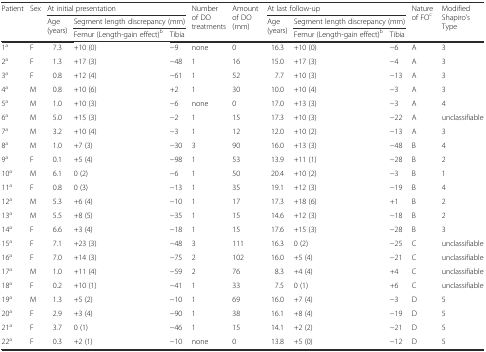
<table><thead><tr><td rowspan="3"><b>Patient</b></td><td rowspan="3"><b>Sex</b></td><td colspan="3"><b>At initial presentation</b></td><td rowspan="3"><b>Number of DO treatments</b></td><td rowspan="3"><b>Amount of DO (mm)</b></td><td colspan="3"><b>At last follow-up</b></td><td rowspan="3"><b>Nature of FO<sup>c</sup></b></td><td rowspan="3"><b>Modified Shapiro’s Type</b></td></tr><tr><td rowspan="2"><b>Age (years)</b></td><td colspan="2"><b>Segment length discrepancy (mm)</b></td><td rowspan="2"><b>Age (years)</b></td><td colspan="2"><b>Segment length discrepancy (mm)</b></td></tr><tr><td><b>Femur (Length-gain effect)<sup>b</sup></b></td><td><b>Tibia</b></td><td><b>Femur (Length-gain effect)<sup>b</sup></b></td><td><b>Tibia</b></td></tr></thead><tbody><tr><td>1<sup>a</sup></td><td>F</td><td>7.3</td><td>+10 (0)</td><td>−9</td><td>none</td><td>0</td><td>16.3</td><td>+10 (0)</td><td>−6</td><td>A</td><td>3</td></tr><tr><td>2<sup>a</sup></td><td>F</td><td>1.3</td><td>+17 (3)</td><td>−48</td><td>1</td><td>16</td><td>15.0</td><td>+17 (3)</td><td>−4</td><td>A</td><td>3</td></tr><tr><td>3<sup>a</sup></td><td>F</td><td>0.8</td><td>+12 (4)</td><td>−61</td><td>1</td><td>52</td><td>7.7</td><td>+10 (3)</td><td>−13</td><td>A</td><td>3</td></tr><tr><td>4<sup>a</sup></td><td>M</td><td>0.8</td><td>+10 (6)</td><td>+2</td><td>1</td><td>30</td><td>10.0</td><td>+10 (4)</td><td>−3</td><td>A</td><td>3</td></tr><tr><td>5<sup>a</sup></td><td>M</td><td>1.0</td><td>+10 (3)</td><td>−6</td><td>none</td><td>0</td><td>17.0</td><td>+13 (3)</td><td>−3</td><td>A</td><td>4</td></tr><tr><td>6<sup>a</sup></td><td>M</td><td>5.0</td><td>+15 (3)</td><td>−2</td><td>1</td><td>15</td><td>17.3</td><td>+10 (3)</td><td>−22</td><td>A</td><td>unclassifiable</td></tr><tr><td>7<sup>a</sup></td><td>M</td><td>3.2</td><td>+10 (4)</td><td>−3</td><td>1</td><td>12</td><td>12.0</td><td>+10 (2)</td><td>−13</td><td>A</td><td>3</td></tr><tr><td>8<sup>a</sup></td><td>M</td><td>1.0</td><td>+7 (3)</td><td>−30</td><td>3</td><td>90</td><td>16.0</td><td>+13 (3)</td><td>−48</td><td>B</td><td>4</td></tr><tr><td>9<sup>a</sup></td><td>F</td><td>0.1</td><td>+5 (4)</td><td>−98</td><td>1</td><td>53</td><td>13.9</td><td>+11 (1)</td><td>−28</td><td>B</td><td>2</td></tr><tr><td>10<sup>a</sup></td><td>M</td><td>6.1</td><td>0 (2)</td><td>−6</td><td>1</td><td>50</td><td>20.4</td><td>+10 (2)</td><td>−3</td><td>B</td><td>1</td></tr><tr><td>11<sup>a</sup></td><td>F</td><td>0.8</td><td>0 (3)</td><td>−13</td><td>1</td><td>35</td><td>19.1</td><td>+12 (3)</td><td>−19</td><td>B</td><td>4</td></tr><tr><td>12<sup>a</sup></td><td>M</td><td>5.3</td><td>+6 (4)</td><td>−10</td><td>1</td><td>17</td><td>17.3</td><td>+18 (6)</td><td>+1</td><td>B</td><td>2</td></tr><tr><td>13<sup>a</sup></td><td>M</td><td>5.5</td><td>+8 (5)</td><td>−35</td><td>1</td><td>15</td><td>14.6</td><td>+12 (3)</td><td>−18</td><td>B</td><td>2</td></tr><tr><td>14<sup>a</sup></td><td>F</td><td>6.6</td><td>+3 (4)</td><td>−18</td><td>1</td><td>15</td><td>17.6</td><td>+15 (3)</td><td>−28</td><td>B</td><td>3</td></tr><tr><td>15<sup>a</sup></td><td>F</td><td>7.1</td><td>+23 (3)</td><td>−48</td><td>3</td><td>111</td><td>16.3</td><td>0 (2)</td><td>−25</td><td>C</td><td>unclassifiable</td></tr><tr><td>16<sup>a</sup></td><td>F</td><td>7.0</td><td>+14 (3)</td><td>−75</td><td>2</td><td>102</td><td>16.0</td><td>+5 (4)</td><td>−21</td><td>C</td><td>unclassifiable</td></tr><tr><td>17<sup>a</sup></td><td>M</td><td>1.0</td><td>+11 (4)</td><td>−59</td><td>2</td><td>76</td><td>8.3</td><td>+4 (4)</td><td>+4</td><td>C</td><td>unclassifiable</td></tr><tr><td>18<sup>a</sup></td><td>F</td><td>0.2</td><td>+10 (1)</td><td>−41</td><td>1</td><td>33</td><td>7.5</td><td>0 (1)</td><td>+6</td><td>C</td><td>unclassifiable</td></tr><tr><td>19<sup>a</sup></td><td>M</td><td>1.3</td><td>+5 (2)</td><td>−10</td><td>1</td><td>69</td><td>16.0</td><td>+7 (4)</td><td>−3</td><td>D</td><td>5</td></tr><tr><td>20<sup>a</sup></td><td>F</td><td>2.9</td><td>+3 (4)</td><td>−90</td><td>1</td><td>38</td><td>16.1</td><td>+8 (4)</td><td>−19</td><td>D</td><td>5</td></tr><tr><td>21<sup>a</sup></td><td>F</td><td>3.7</td><td>0 (1)</td><td>−46</td><td>1</td><td>15</td><td>14.1</td><td>+2 (2)</td><td>−21</td><td>D</td><td>5</td></tr><tr><td>22<sup>a</sup></td><td>F</td><td>0.3</td><td>+2 (1)</td><td>−10</td><td>none</td><td>0</td><td>13.8</td><td>+5 (0)</td><td>−12</td><td>D</td><td>5</td></tr></tbody></table>